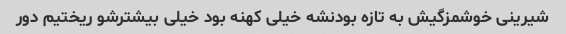
شیرینی خوشمزگیش به تازه بودنشه خیلی کهنه بود خیلی بیشترشو ریختیم دور